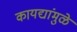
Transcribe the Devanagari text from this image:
कायद्यांमुळे